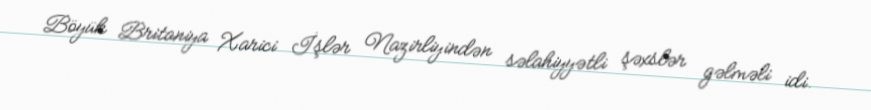
Böyük Britaniya Xarici İşlər Nazirliyindən səlahiyyətli şəxslər gəlməli idi.